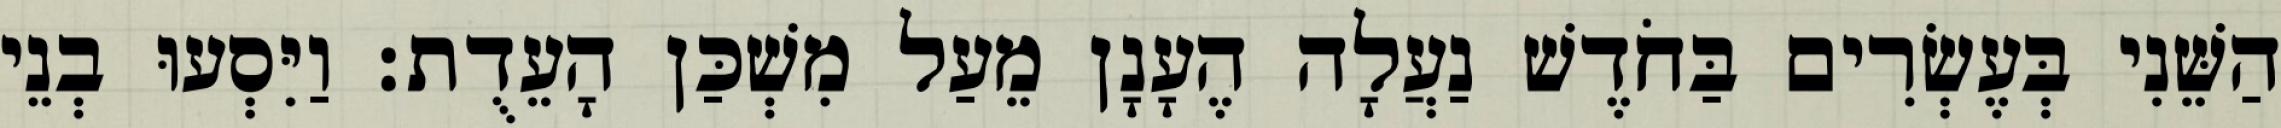
הַשֵּׁנִי בְּעֶשְׂרִים בַּחֹדֶשׁ נַעֲלָה הֶעָנָן מֵעַל מִשְׁכַּן הָעֵדֻת׃ וַיִּסְעוּ בְנֵי